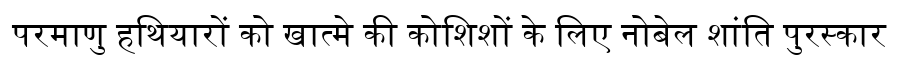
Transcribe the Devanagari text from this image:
परमाणु हथियारों को खात्मे की कोशिशों के लिए नोबेल शांति पुरस्कार